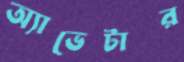
অ্যাভেটার